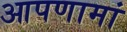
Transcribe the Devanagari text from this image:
आपणामां